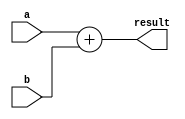
module half_precision_float_addition(
    input [15:0] a,
    input [15:0] b,
    output reg [15:0] result
);

always @(*) begin
    // Perform addition operation on half precision floating point numbers
    result = a + b;
end

endmodule